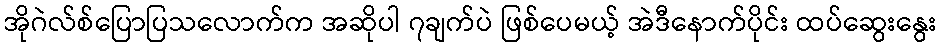
အိုဂဲလ်စ်ပြောပြသလောက်က အဆိုပါ ၇ချက်ပဲ ဖြစ်ပေမယ့် အဲဒီနောက်ပိုင်း ထပ်ဆွေးနွေး